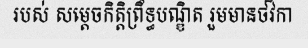
របស់ សម្តេចកិត្តិព្រឹទ្ធបណ្ឌិត រួមមានថវិកា